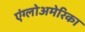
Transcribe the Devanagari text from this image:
एंग्लोअमेरिका